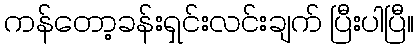
ကန်တော့ခန်းရှင်းလင်းချက် ပြီးပါပြီ။